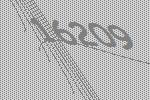
16209